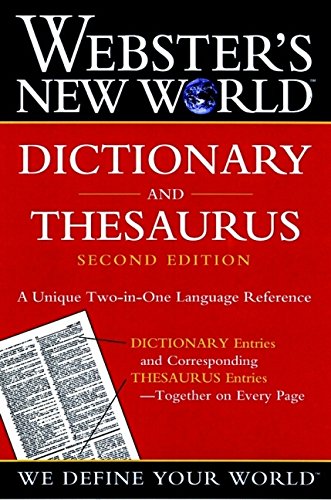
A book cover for Webster's New World Dictionary and Thesaurus, 2nd Edition (Paper Edition); The Editors of the Webster's New World Dictionaries; Reference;